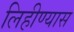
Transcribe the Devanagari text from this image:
लिहीण्यास